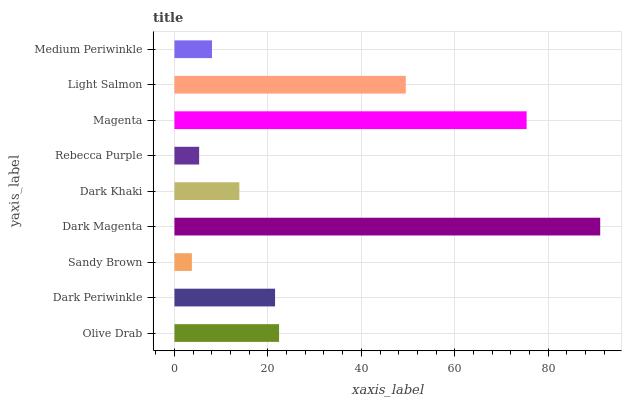
| yaxis_label | bars |
 | --- | --- |
 | Olive Drab | 22.4 |
 | Dark Periwinkle | 21.5 |
 | Sandy Brown | 3.73 |
 | Dark Magenta | 91.1 |
 | Dark Khaki | 13.9 |
 | Rebecca Purple | 5.29 |
 | Magenta | 75.4 |
 | Light Salmon | 49.5 |
 | Medium Periwinkle | 8.03 |